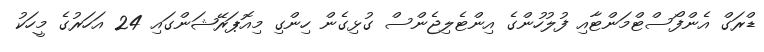
ޑްރަގް އެންފޯސްޓްމަންޓާއި ފުލުހުންގެ އިންޓެލިޖެންސް ގުޅިގެން ހިންގި މިއޮޕަރޭޝަންގައި 24 އަހަރުގެ މީހަކު